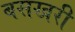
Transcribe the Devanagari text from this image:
बसखरी